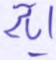
آية